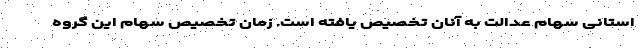
استانی سهام عدالت به آنان تخصیص یافته است. زمان تخصیص سهام این گروه